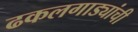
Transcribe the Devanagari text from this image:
ढकलगाड्यांची